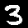
Digit: 3